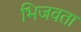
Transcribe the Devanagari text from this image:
भिजवता